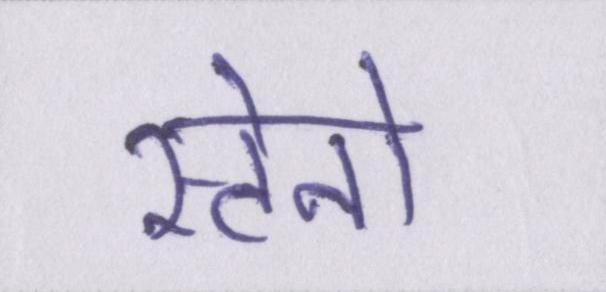
स्टेनो